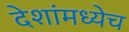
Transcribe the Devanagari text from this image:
देशांमध्येच